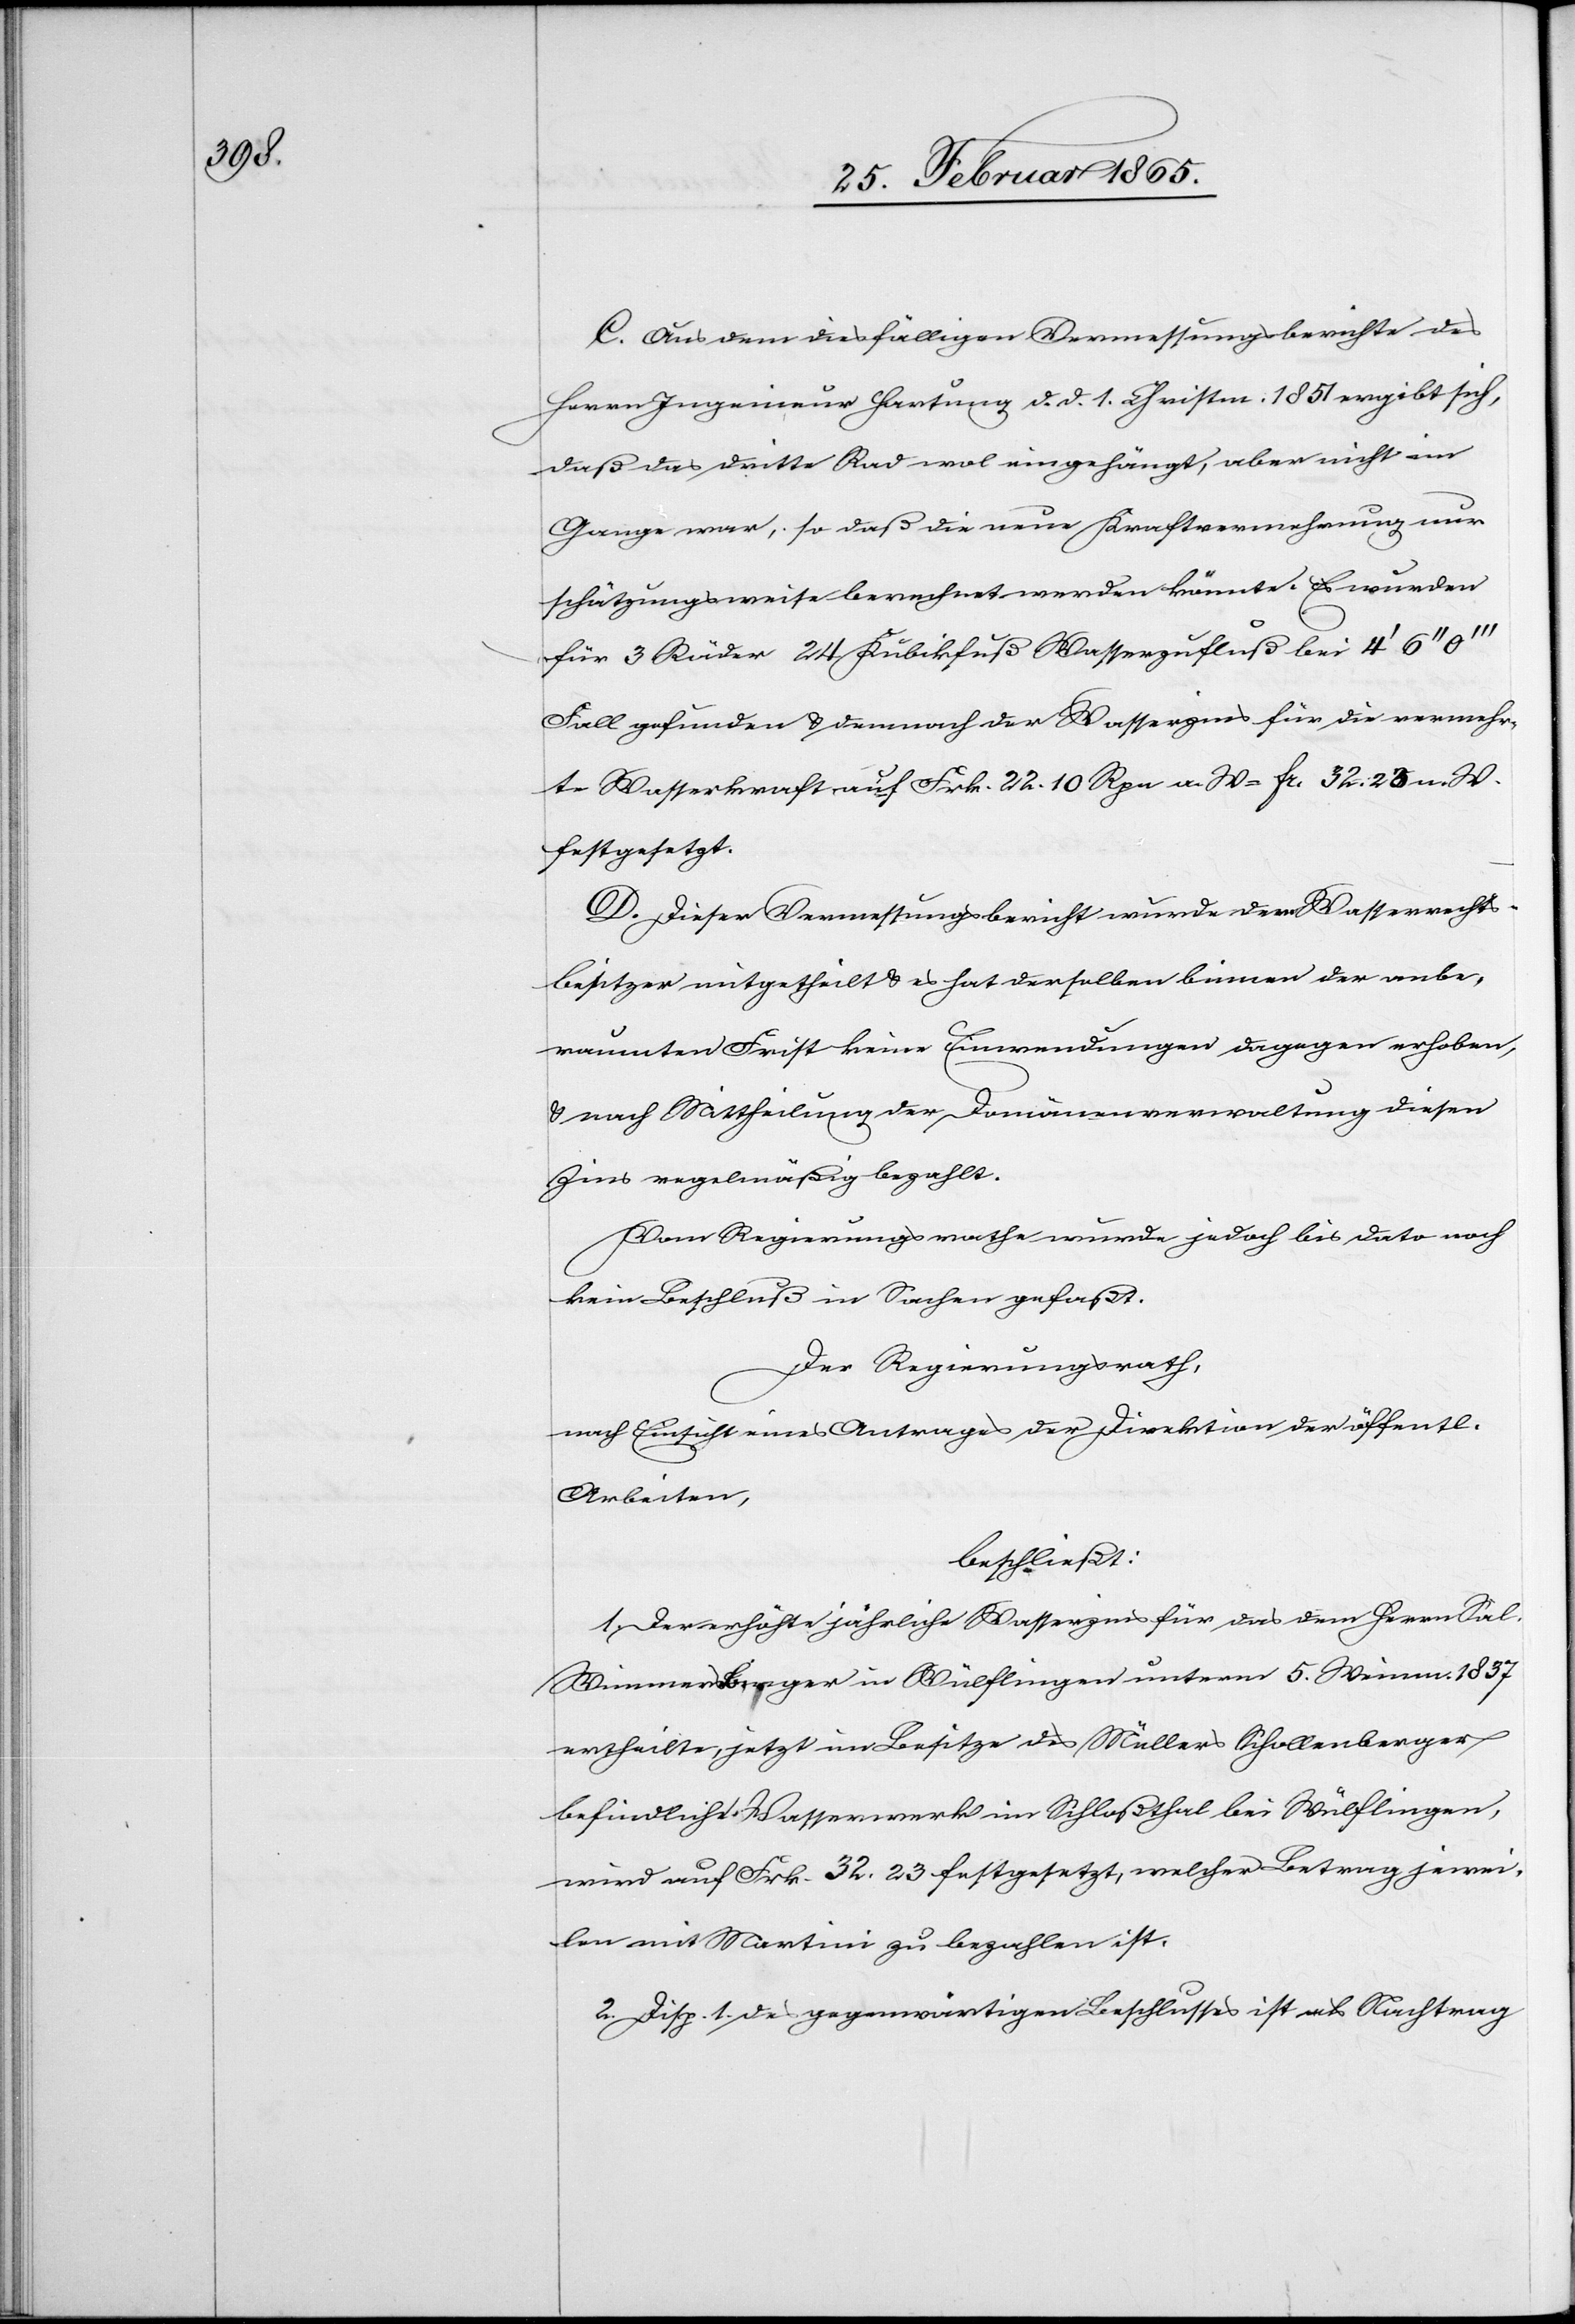
C. Aus dem diesfälligen Vermessungsberichte des
Herrn Ingenieur Hartung d. d. 1. Christm. 1851 ergibt sich,
daß das dritte Rad wol eingehängt, aber nicht im
Gange war, so daß die neue Kraftvermehrung nur
schätzungsweise berechnet werden könnte. Es wurden
für 3 Räder 24 Kubikfuß Wasserzufluß bei 4’ 6’’
Fall gefunden u. demnach der Wasserzins für die vermehr¬
te Wasserkraft auf Frk. 22. 10 Rpn a. W = fr. 32. 25 n. W.
festgesetzt.
D. Dieser Vermessungsbericht wurde dem Wasserrechts¬
besitzer mitgetheilt u. es hat derselben [sic!] binnen der anbe¬
raumten Frist keine Einwendungen dagegen erhoben,
u. nach Mittheilung der Domänenverwaltung diesen
Zins regelmäßig bezahlt.
Vom Regierungsrathe wurde jedoch bis dato noch
kein Beschluß in Sachen gefaßt.
Der Regierungsrath,
nach Einsicht eines Antrages der Direktion der öffentl.
Arbeiten,
beschließt:
1. Der erhöhte jährliche Wasserzins für das dem Herrn Sal.
Wimmersberger in Wülflingen unterm 5. Weinm. 1857
ertheilte, jetzt im Besitze des Müllers Schollenberger
befindliche Wasserwerk im Schloßthal bei Wülflingen,
wird auf Frk. 32. 23 festgesetzt, welcher Betrag jewei¬
len mit Martini zu bezahlen ist.
2. Disp. 1. des gegenwärtigen Beschlusses ist als Nachtrag